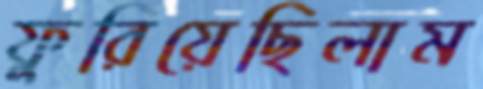
ফুরিয়েছিলাম